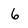
Character: 6